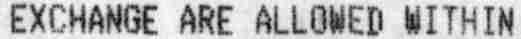
EXCHANGE ARE ALLOWED WITHIN